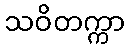
သဝိတက္ကာ